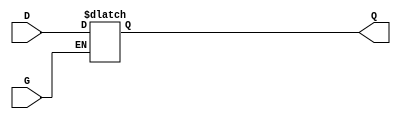
module level_sensitive_gated_latch (
    input wire D,      // Data Input
    input wire G,      // Gate Control
    output reg Q       // Data Output
);

// Always block to model the behavior of the gated latch
always @(*) begin
    if (G) begin
        Q = D;        // When G is active, output follows input
    end
    // When G is inactive, Q retains its previous value (hold mode)
end

endmodule